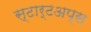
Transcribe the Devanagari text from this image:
स्टार्टअप्स